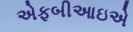
એફબીઆઇએ